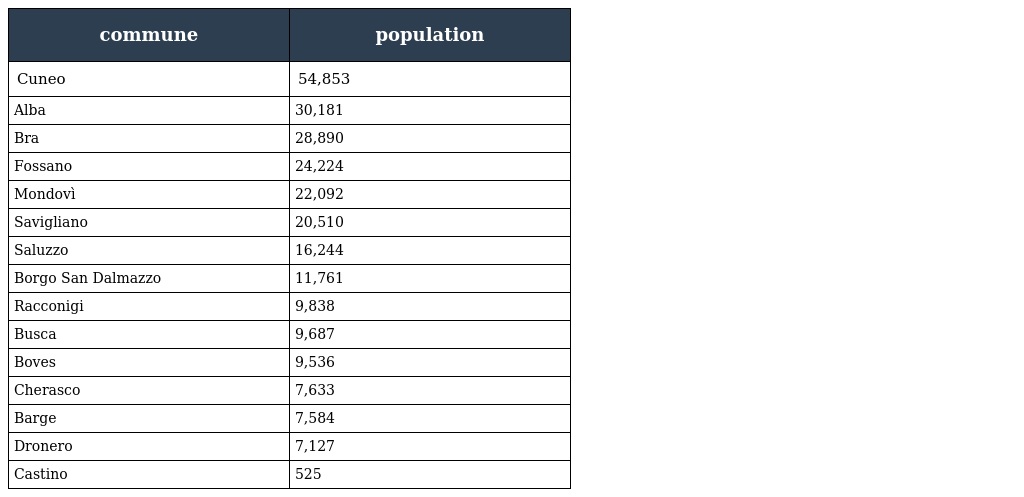
| commune | population |
 | --- | --- |
 | Cuneo | 54,853 |
 | Alba | 30,181 |
 | Bra | 28,890 |
 | Fossano | 24,224 |
 | Mondovì | 22,092 |
 | Savigliano | 20,510 |
 | Saluzzo | 16,244 |
 | Borgo San Dalmazzo | 11,761 |
 | Racconigi | 9,838 |
 | Busca | 9,687 |
 | Boves | 9,536 |
 | Cherasco | 7,633 |
 | Barge | 7,584 |
 | Dronero | 7,127 |
 | Castino | 525 |